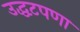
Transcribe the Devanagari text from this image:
उद्धटपणा